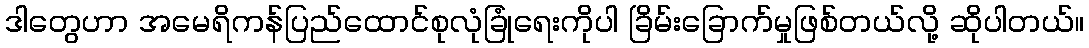
ဒါတွေဟာ အမေရိကန်ပြည်ထောင်စုလုံခြုံရေးကိုပါ ခြိမ်းခြောက်မှုဖြစ်တယ်လို့ ဆိုပါတယ်။